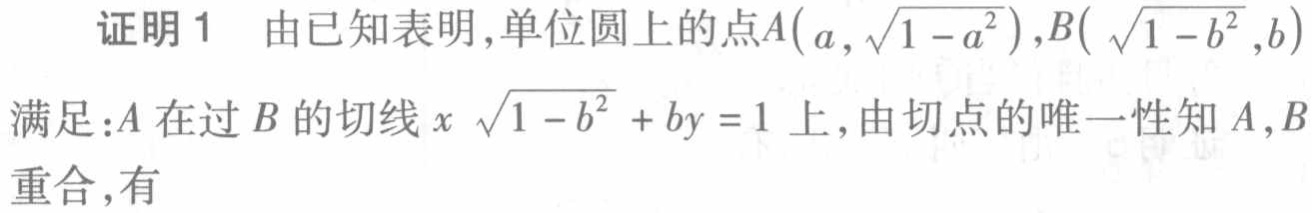
证明1 由已知表明,单位圆上的点\(A(a,\sqrt{1 - a^{2}}),B(\sqrt{1 - b^{2}},b)\)满足：\(A\)在过\(B\)的切线\(x\sqrt{1 - b^{2}}+by = 1\)上,由切点的唯一性知\(A,B\)重合,有